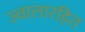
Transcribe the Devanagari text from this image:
ज्वालारहित